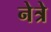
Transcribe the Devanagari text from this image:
नेत्रे